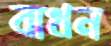
বাধন